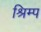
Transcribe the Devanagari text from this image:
श्रिम्‍प